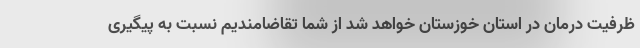
ظرفیت درمان در استان خوزستان خواهد شد از شما تقاضامندیم نسبت به پیگیری